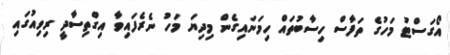
އޯގަސްޓު މަހުގެ ތަފާސް ހިސާބުތައް ހިމަނައިގެން މިދިޔަ މަހު ނެރެފައިވާ އިގްތިސާދީ ރިވިއުގައި